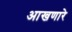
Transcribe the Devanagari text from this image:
आखणारे